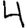
Digit: 4